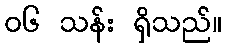
၀၆ သန်း ရှိသည်။